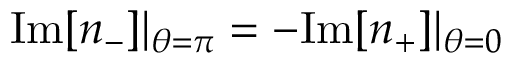
\mathrm { I m } [ n _ { - } ] | _ { \theta = \pi } = - \mathrm { I m } [ n _ { + } ] | _ { \theta = 0 }